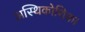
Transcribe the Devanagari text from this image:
अस्थिकोशिका